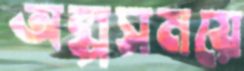
অল্পসময়ে